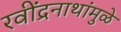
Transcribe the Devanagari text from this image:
रवींद्रनाथांमुळे